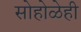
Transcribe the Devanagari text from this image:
सोहोळेही